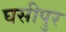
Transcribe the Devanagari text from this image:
घसीपुर